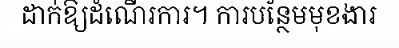
ដាក់ឱ្យដំណើរការ។ ការបន្ថែមមុខងារ